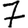
Digit: 7